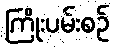
ကြိုးပမ်းစဉ်